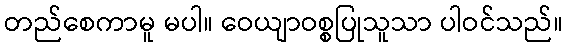
တည်စေကာမူ မပါ။ ဝေယျာဝစ္စပြုသူသာ ပါဝင်သည်။